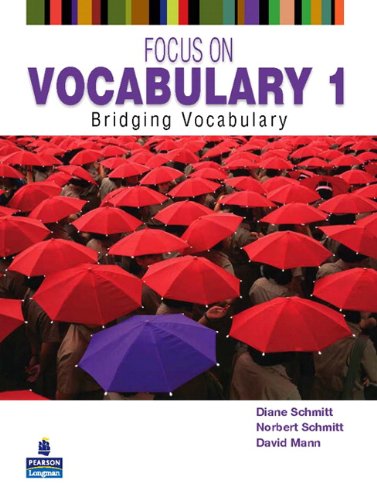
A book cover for Focus on Vocabulary 1: Bridging Vocabulary (2nd Edition); Diane Schmitt; Reference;